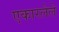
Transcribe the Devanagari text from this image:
एकारलेले